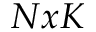
N x K